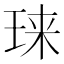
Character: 𱮾